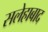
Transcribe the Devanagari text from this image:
सलेहाबाद